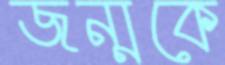
জন্মকে